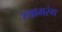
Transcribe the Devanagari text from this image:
श्यामरंग